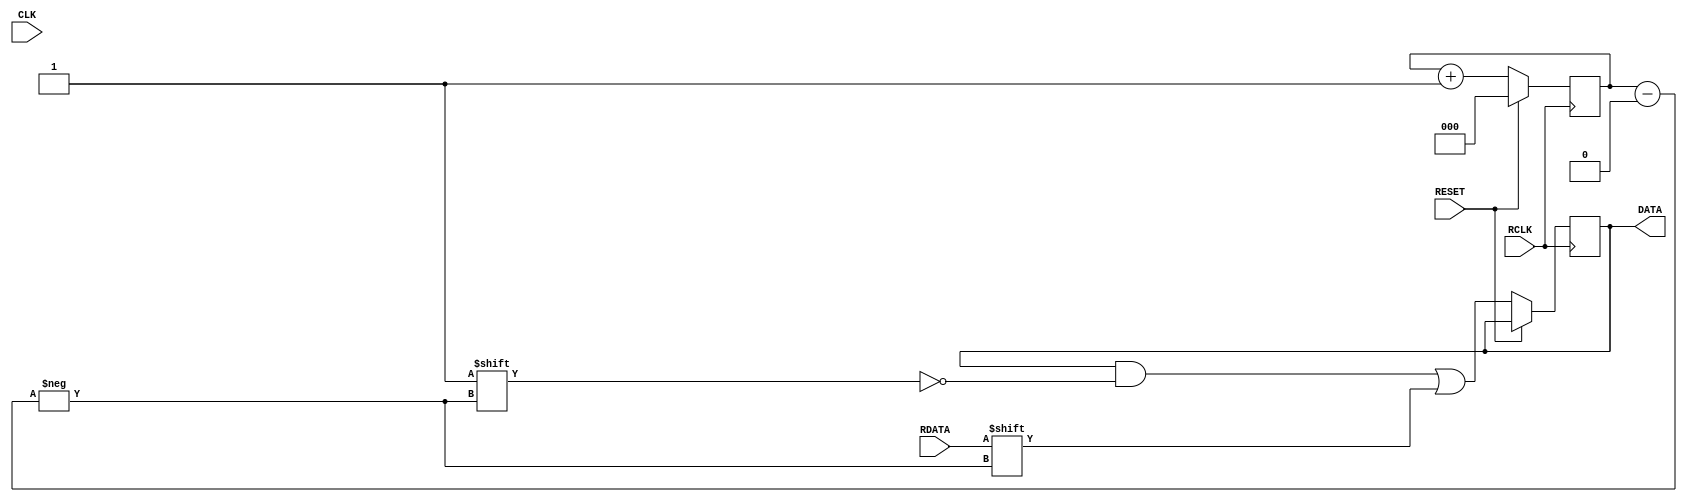
`timescale 1ns / 1ps
//////////////////////////////////////////////////////////////////////////////////
// Company: 
// Engineer: 
// 
// Design Name: 
// Module Name:    SerialIn 
// Project Name: 
// Target Devices: 
// Tool versions: 
// Description: 
//
// Dependencies: 
//
// Revision: 
// Revision 0.01 - File Created
// Additional Comments: 
//
//////////////////////////////////////////////////////////////////////////////////
module SerialIn(
		input CLK,
		input RCLK,
		input RDATA,
		input RESET,
		output reg [7:0] DATA
    );
	 
	reg [2:0] bitCounter; //8-bit Counter for Receiving 8-bits of Data
	
	initial begin
		bitCounter = 0;
	end
	
	always @(posedge RCLK) begin
		if (RESET) //Reset Counter to Place Data Transmitted to Proper Location
			bitCounter <= 0;
		else begin
			DATA[bitCounter] <= RDATA;
			bitCounter <= bitCounter+1;
		end
	end
	
	
	
endmodule